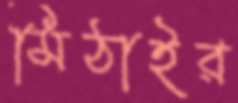
মিঠাইর